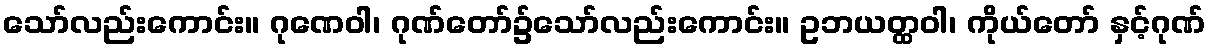
သော်လည်းကောင်း။ ဂုဏေဝါ၊ ဂုဏ်တော်၌သော်လည်းကောင်း။ ဥဘယတ္ထဝါ၊ ကိုယ်တော် နှင့်ဂုဏ်